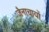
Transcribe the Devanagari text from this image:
जैनाचायों